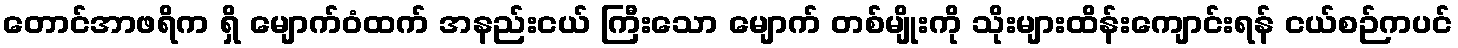
တောင်အာဖရိက ရှိ မျောက်ဝံထက် အနည်းငယ် ကြီးသော မျောက် တစ်မျိုးကို သိုးများထိန်းကျောင်းရန် ငယ်စဉ်ကပင်